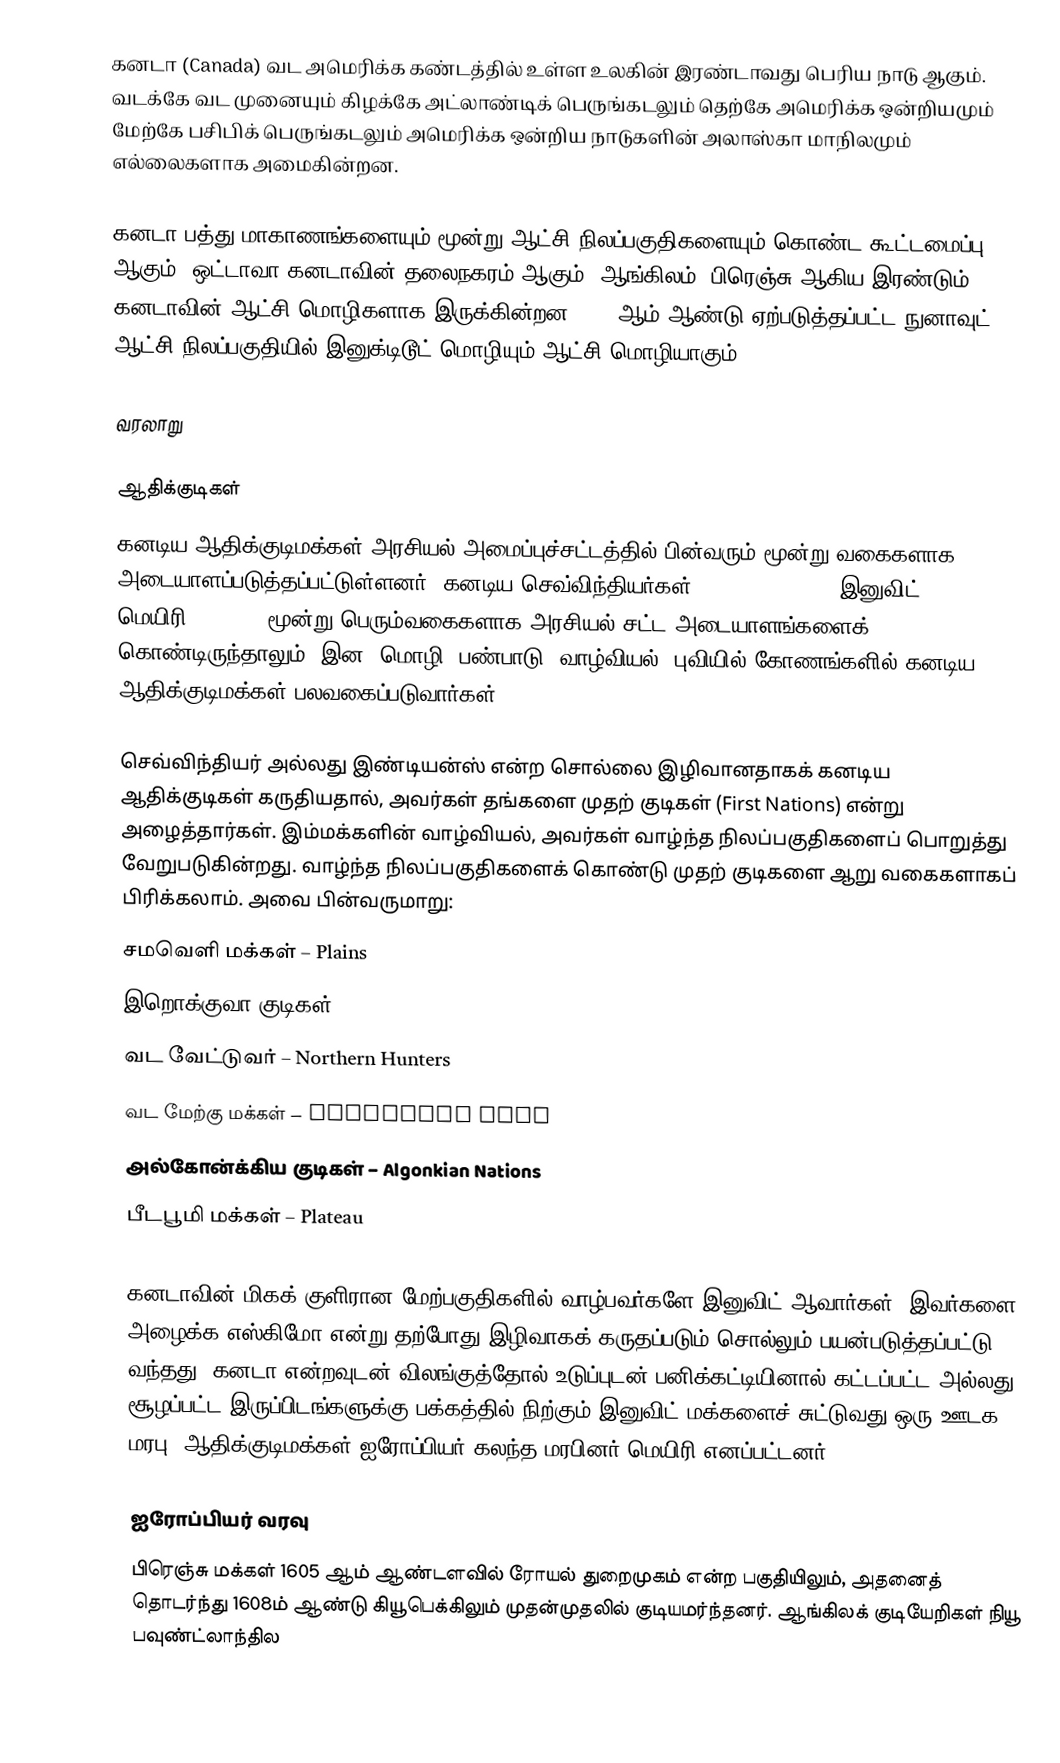
கனடா (Canada) வட அமெரிக்க கண்டத்தில் உள்ள உலகின் இரண்டாவது பெரிய நாடு ஆகும். வடக்கே வட முனையும் கிழக்கே அட்லாண்டிக் பெருங்கடலும் தெற்கே அமெரிக்க ஒன்றியமும் மேற்கே பசிபிக் பெருங்கடலும் அமெரிக்க ஒன்றிய நாடுகளின் அலாஸ்கா மாநிலமும் எல்லைகளாக அமைகின்றன.

கனடா பத்து மாகாணங்களையும் மூன்று ஆட்சி நிலப்பகுதிகளையும் கொண்ட கூட்டமைப்பு ஆகும். ஒட்டாவா கனடாவின் தலைநகரம் ஆகும். ஆங்கிலம், பிரெஞ்சு ஆகிய இரண்டும் கனடாவின் ஆட்சி மொழிகளாக இருக்கின்றன. 1999ஆம் ஆண்டு ஏற்படுத்தப்பட்ட நுனாவுட் ஆட்சி நிலப்பகுதியில் இனுக்டிடூட் மொழியும் ஆட்சி மொழியாகும்.

வரலாறு

ஆதிக்குடிகள்
கனடிய ஆதிக்குடிமக்கள் அரசியல் அமைப்புச்சட்டத்தில் பின்வரும் மூன்று வகைகளாக அடையாளப்படுத்தப்பட்டுள்ளனர்: கனடிய செவ்விந்தியர்கள் ("Red Indians"), இனுவிட் (Inuit), மெயிரி (Metis). மூன்று பெரும்வகைகளாக அரசியல் சட்ட அடையாளங்களைக் கொண்டிருந்தாலும், இன, மொழி, பண்பாடு, வாழ்வியல், புவியில் கோணங்களில் கனடிய ஆதிக்குடிமக்கள் பலவகைப்படுவார்கள்.

செவ்விந்தியர் அல்லது இண்டியன்ஸ் என்ற சொல்லை இழிவானதாகக் கனடிய ஆதிக்குடிகள் கருதியதால், அவர்கள் தங்களை முதற் குடிகள் (First Nations) என்று அழைத்தார்கள். இம்மக்களின் வாழ்வியல், அவர்கள் வாழ்ந்த நிலப்பகுதிகளைப் பொறுத்து வேறுபடுகின்றது. வாழ்ந்த நிலப்பகுதிகளைக் கொண்டு முதற் குடிகளை ஆறு வகைகளாகப் பிரிக்கலாம். அவை பின்வருமாறு:
 சமவெளி மக்கள் – Plains
 இறொக்குவா குடிகள் – Iroquoian Nations
 வட வேட்டுவர் – Northern Hunters
 வட மேற்கு மக்கள் – Northwest Cost
 அல்கோன்க்கிய குடிகள் – Algonkian Nations
 பீடபூமி மக்கள் – Plateau

கனடாவின் மிகக் குளிரான மேற்பகுதிகளில் வாழ்பவர்களே இனுவிட் ஆவார்கள். இவர்களை அழைக்க எஸ்கிமோ என்று தற்போது இழிவாகக் கருதப்படும் சொல்லும் பயன்படுத்தப்பட்டு வந்தது. கனடா என்றவுடன் விலங்குத்தோல் உடுப்புடன் பனிக்கட்டியினால் கட்டப்பட்ட அல்லது சூழப்பட்ட இருப்பிடங்களுக்கு பக்கத்தில் நிற்கும் இனுவிட் மக்களைச் சுட்டுவது ஒரு ஊடக மரபு. ஆதிக்குடிமக்கள் ஐரோப்பியர் கலந்த மரபினர் மெயிரி எனப்பட்டனர்.

ஐரோப்பியர் வரவு
பிரெஞ்சு மக்கள் 1605 ஆம் ஆண்டளவில் ரோயல் துறைமுகம் என்ற பகுதியிலும், அதனைத் தொடர்ந்து 1608ம் ஆண்டு கியூபெக்கிலும் முதன்முதலில் குடியமர்ந்தனர். ஆங்கிலக் குடியேறிகள் நியூ பவுண்ட்லாந்தில